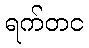
ရက်တင